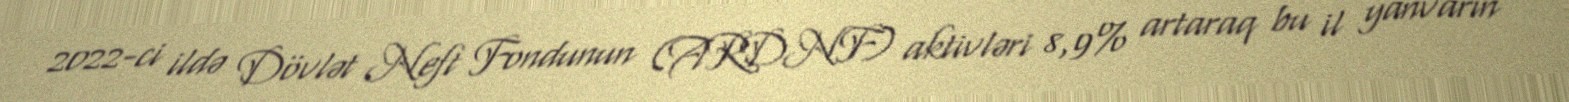
2022-ci ildə Dövlət Neft Fondunun (ARDNF) aktivləri 8,9% artaraq bu il yanvarın